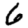
Digit: 6